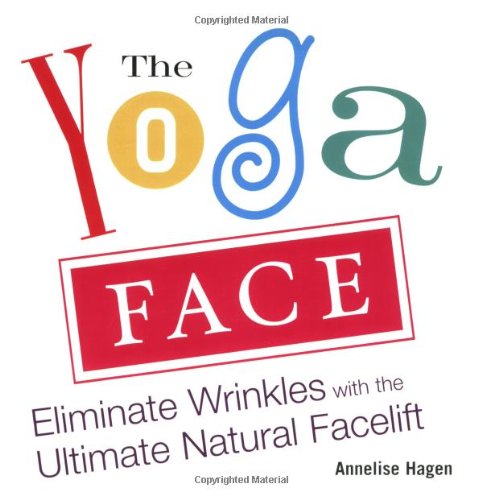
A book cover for The Yoga Face: Eliminate Wrinkles with the Ultimate Natural Facelift; Annelise Hagen; Health, Fitness & Dieting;